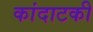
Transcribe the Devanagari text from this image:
कांदाटकी